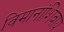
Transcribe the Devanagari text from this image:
विमानांशिवाय